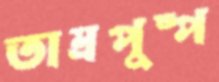
তাম্রপুষ্প